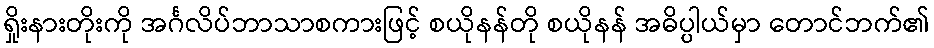
ရှိုးနားတိုးကို အင်္ဂလိပ်ဘာသာစကားဖြင့် စယိုနန်တို စယိုနန် အဓိပ္ပါယ်မှာ တောင်ဘက်၏